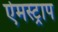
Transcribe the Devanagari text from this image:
ऐमस्ट्राप